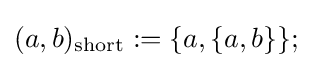
(a,b)_{\text{short}}:=\{a,\{a,b\}\};